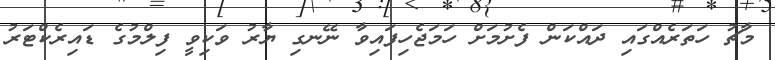
މާޗު ހަތަރެއްގައި ދައްކަން ފެށުމަށް ހަމަޖެހިފައިވާ ނޭނގި ޔާރު ވަކިވީ ފިލްމުގެ ޑައިރެކްޓަރު